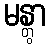
မန္တွာ